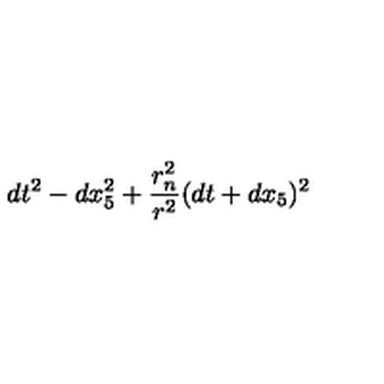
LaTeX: d t ^ { 2 } - d x _ { 5 } ^ { 2 } + { \frac { r _ { n } ^ { 2 } } { r ^ { 2 } } } ( d t + d x _ { 5 } ) ^ { 2 }